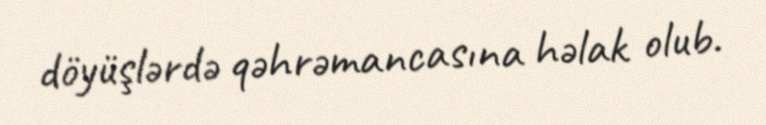
döyüşlərdə qəhrəmancasına həlak olub.